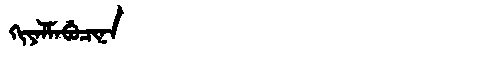
Manchu: ᡴᡳᠶᠠᠯᠮᠠᠪᡠᠴᡳᠨᠠ
Romanization: KIYALMABUCINA